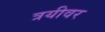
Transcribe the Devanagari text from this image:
त्रयीवर